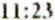
11:23